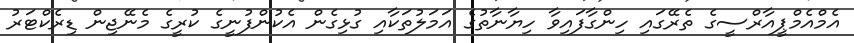
އެމްއެމްޕީއާރްސީގެ ތެރޭގައި ހިންގާފައިވާ ހިޔާނާތުގެ އަމަލުތަކާއި ގުޅިގެން އެކުންފުނީގެ ކުރީގެ މެނޭޖިން ޑިރެކްޓަރު